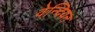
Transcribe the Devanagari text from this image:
वेन्दियन